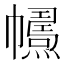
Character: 𢅱